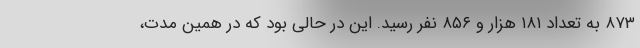
۸۷۳ به تعداد ۱۸۱ هزار و ۸۵۶ نفر رسید. این در حالی بود که در همین مدت،